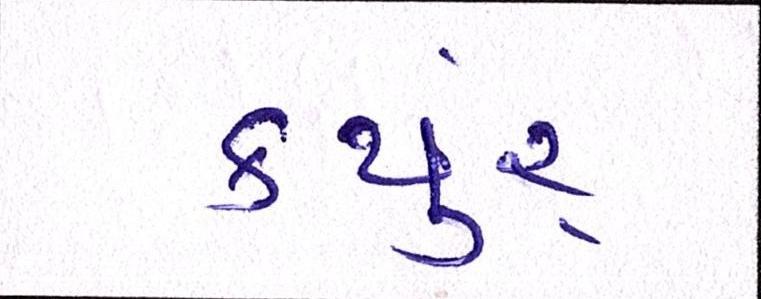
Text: કયુંર્